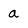
Character: a